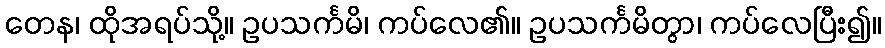
တေန၊ ထိုအရပ်သို့။ ဥပသင်္ကမိ၊ ကပ်လေ၏။ ဥပသင်္ကမိတွာ၊ ကပ်လေပြီး၍။